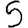
Digit: 5